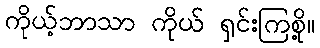
ကိုယ့်ဘာသာ ကိုယ် ရှင်းကြစို့။